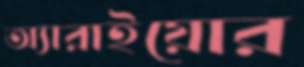
অ্যারাইয়োর